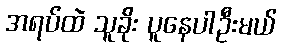
အရပ်ထဲ သူခိုး ပူနေပါဦးမယ်